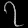
Digit: ၇